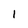
Character: 1